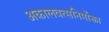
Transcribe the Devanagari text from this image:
अकालवत्सनिर्मोक्ता